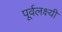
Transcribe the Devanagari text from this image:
पूर्वलक्ष्यी